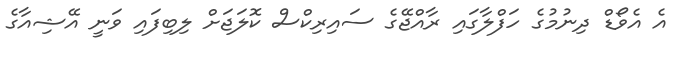
އެ އެވޯޑް ދިނުމުގެ ހަފްލާގައި ރާއްޖޭގެ ސައިރިކްސް ކޮލަޖަށް ލިބިފައި ވަނީ އޭޝިއާގެ